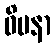
ဝိမနာ